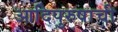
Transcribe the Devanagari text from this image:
आदिपुरुषाची